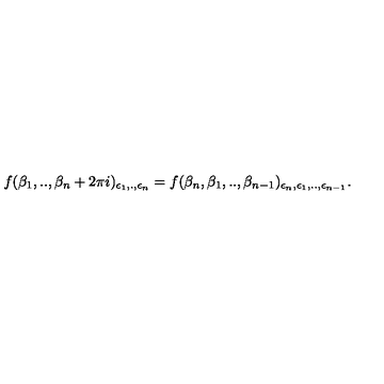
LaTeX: f ( \beta _ { 1 } , . . , \beta _ { n } + 2 \pi i ) _ { \epsilon _ { 1 } , . , \epsilon _ { n } } = f ( \beta _ { n } , \beta _ { 1 } , . . , \beta _ { n - 1 } ) _ { \epsilon _ { n } , \epsilon _ { 1 } , . . , \epsilon _ { n - 1 } } .